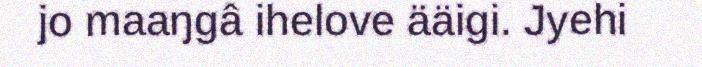
jo maaŋgâ ihelove ääigi. Jyehi